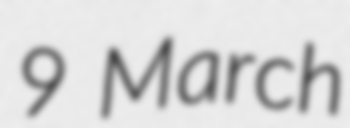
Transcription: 9 March